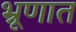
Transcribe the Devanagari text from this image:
भ्रूणात